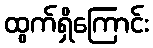
ထွက်ရှိကြောင်း